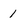
Character: 1